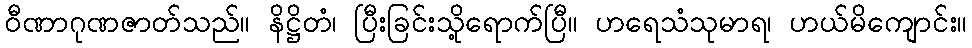
ဝီဏာဂုဏဇာတ်သည်။ နိဋ္ဌိတံ၊ ပြီးခြင်းသို့ရောက်ပြီ။ ဟရေသံသုမာရ၊ ဟယ်မိကျောင်း။